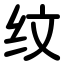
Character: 纹